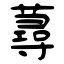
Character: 蕁